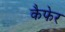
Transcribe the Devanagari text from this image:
कैफेर